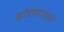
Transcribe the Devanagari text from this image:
खांडवप्रस्थाचे